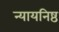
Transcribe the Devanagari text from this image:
न्यायनिष्ठ